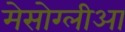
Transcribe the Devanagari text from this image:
मेसोग्लीआ